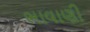
ભાવાણી